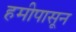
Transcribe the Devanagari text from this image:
हमीपासून